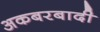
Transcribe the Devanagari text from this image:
अकबरबादी